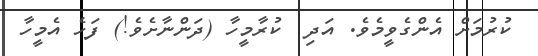
ކުރުމަށް އެންގެވީމެވެ. އަދި  ކުރާމީހާ (ދަންނާށެވެ!) ފަހެ އެމީހާ